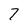
Character: 7